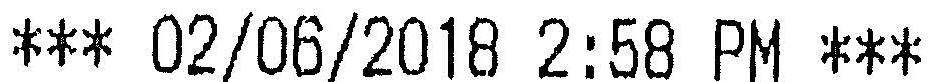
*** 02/06/2018 2:58 PM ***